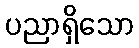
ပညာရှိသော